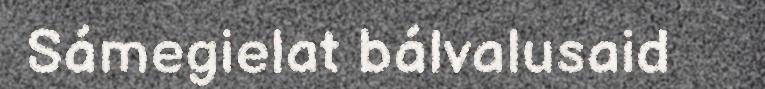
Sámegielat bálvalusaid